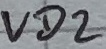
Text: VD2